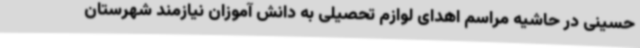
حسینی در حاشیه مراسم اهدای لوازم تحصیلی به دانش آموزان نیازمند شهرستان